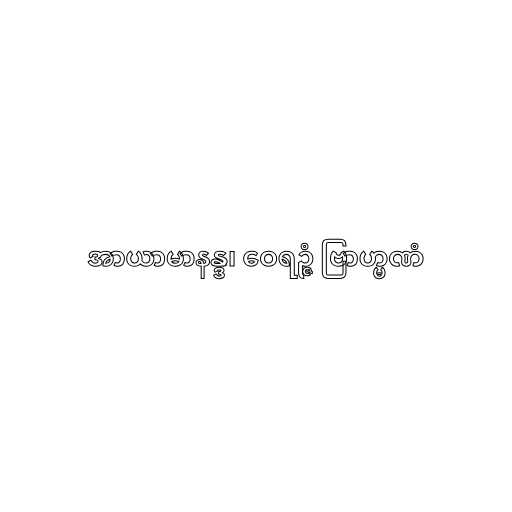
အာယာမာနန္ဒ၊ ဝေရဉ္ဇံ ဗြာဟ္မဏံ